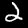
Digit: 2